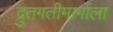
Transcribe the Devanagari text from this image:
द्रुतगतीमार्गाला